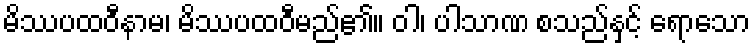
မိဿပထဝီနာမ၊ မိဿပထဝီမည်၏။ ဝါ၊ ပါသာဏ စသည်နှင့် ရောသော